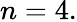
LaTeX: n=4.